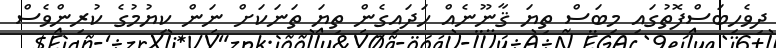
ދިވެހިބަސްފޮތުގައި މިބަސް ތިޔަ ޤާނޫނެއް ހަދައިގެން ތިޔަ ތަނަކަށް ނަން ކިޔުމުގެ ކުރިންވެސް